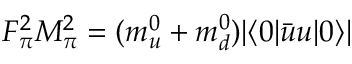
F _ { \pi } ^ { 2 } M _ { \pi } ^ { 2 } = ( m _ { u } ^ { 0 } + m _ { d } ^ { 0 } ) | \langle 0 | \bar { u } u | 0 \rangle |